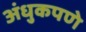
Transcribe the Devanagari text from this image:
अंधुकपणे